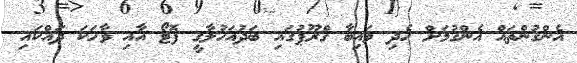
އެންގުންތައް އެންގުމަށް ހެދި ވައިބާ ގްރޫޕުގައި ބަދުއަހުލާގީ ފޮޓޯ އާއި ވާހަކަ ދައްކައި